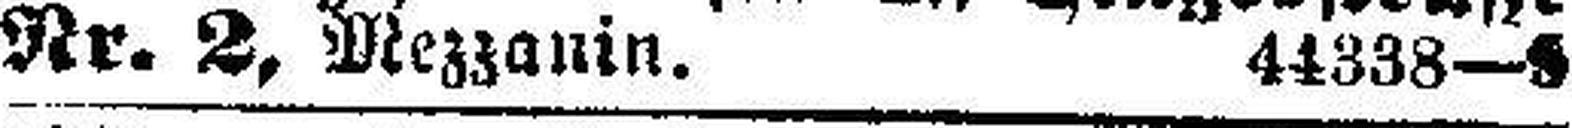
Nr. 2, Mezzanin. 44338—5